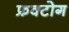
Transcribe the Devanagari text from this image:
फ्रक्टोग